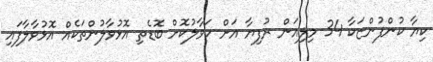
ކިޔާ ކުންފުންޏަކާ 34 މިލިއަން ރުފިޔާ އަށް ހަވާލުކޮށް ބޮޑެތި އޮޅުވާލުންތަކެއް އޮޅުވާލާފައި